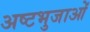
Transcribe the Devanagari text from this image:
अष्टभुजाओं